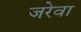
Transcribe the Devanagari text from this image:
जरेवा